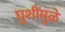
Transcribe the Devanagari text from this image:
घुशींमुळे